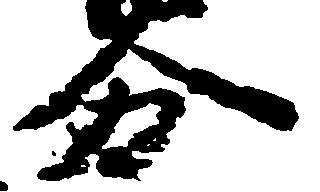
分